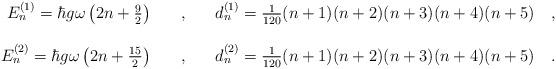
LaTeX: \begin{align*}\begin{array}{r c l}E^{(1)}_n=\hbar g\omega\left(2n+\frac{9}{2}\right)\ \ \ &,&\ \ \ d^{(1)}_n=\frac{1}{120}(n+1)(n+2)(n+3)(n+4)(n+5)\ \ \ ,\\ \\E^{(2)}_n=\hbar g\omega\left(2n+\frac{15}{2}\right)\ \ \ &,&\ \ \ d^{(2)}_n=\frac{1}{120}(n+1)(n+2)(n+3)(n+4)(n+5)\ \ \ .\end{array}\end{align*}